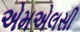
એમએલસી